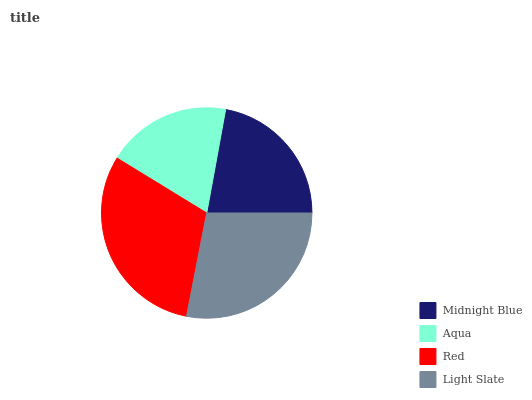
| Midnight Blue | Aqua | Red | Light Slate |
 | --- | --- | --- | --- |
 | 22.1% | 19.1% | 30.7% | 28% |